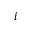
i